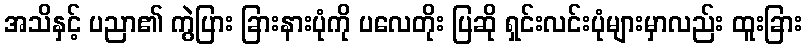
အသိနှင့် ပညာ၏ ကွဲပြား ခြားနားပုံကို ပလေတိုး ပြဆို ရှင်းလင်းပုံများမှာလည်း ထူးခြား